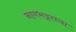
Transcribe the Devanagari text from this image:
नागभट्टाच्या